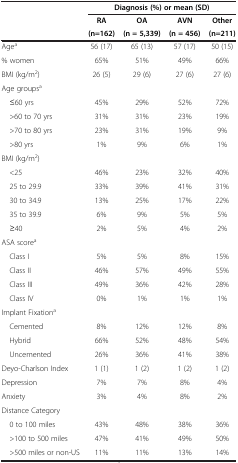
|  | <COLSPAN=4> Diagnosis (%) or mean (SD) |
 |  | RA | OA | AVN | Other |
 |  | (n=162) | (n = 5,339) | (n = 456) | (n=211) |
 | --- | --- | --- | --- | --- |
 | Agea | 56 (17) | 65 (13) | 57 (17) | 50 (15) |
 | % women | 65% | 51% | 49% | 66% |
 | BMI (kg/m2) | 26 (5) | 29 (6) | 27 (6) | 27 (6) |
 | Age groupsa |  |  |  |  |
 | ≤60 yrs | 45% | 29% | 52% | 72% |
 | >60 to 70 yrs | 31% | 31% | 23% | 19% |
 | >70 to 80 yrs | 23% | 31% | 19% | 9% |
 | >80 yrs | 1% | 9% | 6% | 1% |
 | BMI (kg/m2) |  |  |  |  |
 | <25 | 46% | 23% | 32% | 40% |
 | 25 to 29.9 | 33% | 39% | 41% | 31% |
 | 30 to 34.9 | 13% | 25% | 17% | 22% |
 | 35 to 39.9 | 6% | 9% | 5% | 5% |
 | ≥40 | 2% | 5% | 4% | 2% |
 | ASA scorea |  |  |  |  |
 | Class I | 5% | 5% | 8% | 15% |
 | Class II | 46% | 57% | 49% | 55% |
 | Class III | 49% | 36% | 42% | 28% |
 | Class IV | 0% | 1% | 1% | 1% |
 | Implant Fixationa |  |  |  |  |
 | Cemented | 8% | 12% | 12% | 8% |
 | Hybrid | 66% | 52% | 48% | 54% |
 | Uncemented | 26% | 36% | 41% | 38% |
 | Deyo-Charlson Index | 1 (1) | 1 (2) | 1 (2) | 1 (2) |
 | Depression | 7% | 7% | 8% | 4% |
 | Anxiety | 3% | 4% | 8% | 2% |
 | Distance Category |  |  |  |  |
 | 0 to 100 miles | 43% | 48% | 38% | 36% |
 | >100 to 500 miles | 47% | 41% | 49% | 50% |
 | >500 miles or non-US | 11% | 11% | 13% | 14% |